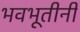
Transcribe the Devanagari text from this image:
भवभूतीनी